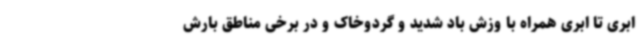
ابری تا ابری همراه با وزش باد شدید و گردوخاک و در برخی مناطق بارش